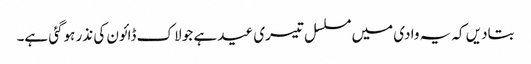
بتادیں کہ یہ وادی میں مسلسل تیسری عید ہے جو لاک ڈائون کی نذر ہوگئی ہے۔